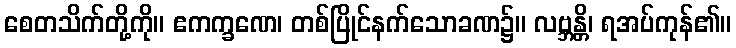
စေတသိက်တို့ကို။ ဧကက္ခဏေ၊ တစ်ပြိုင်နက်သောခဏ၌။ လဗ္ဘန္တိ၊ ရအပ်ကုန်၏။